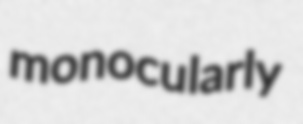
monocularly